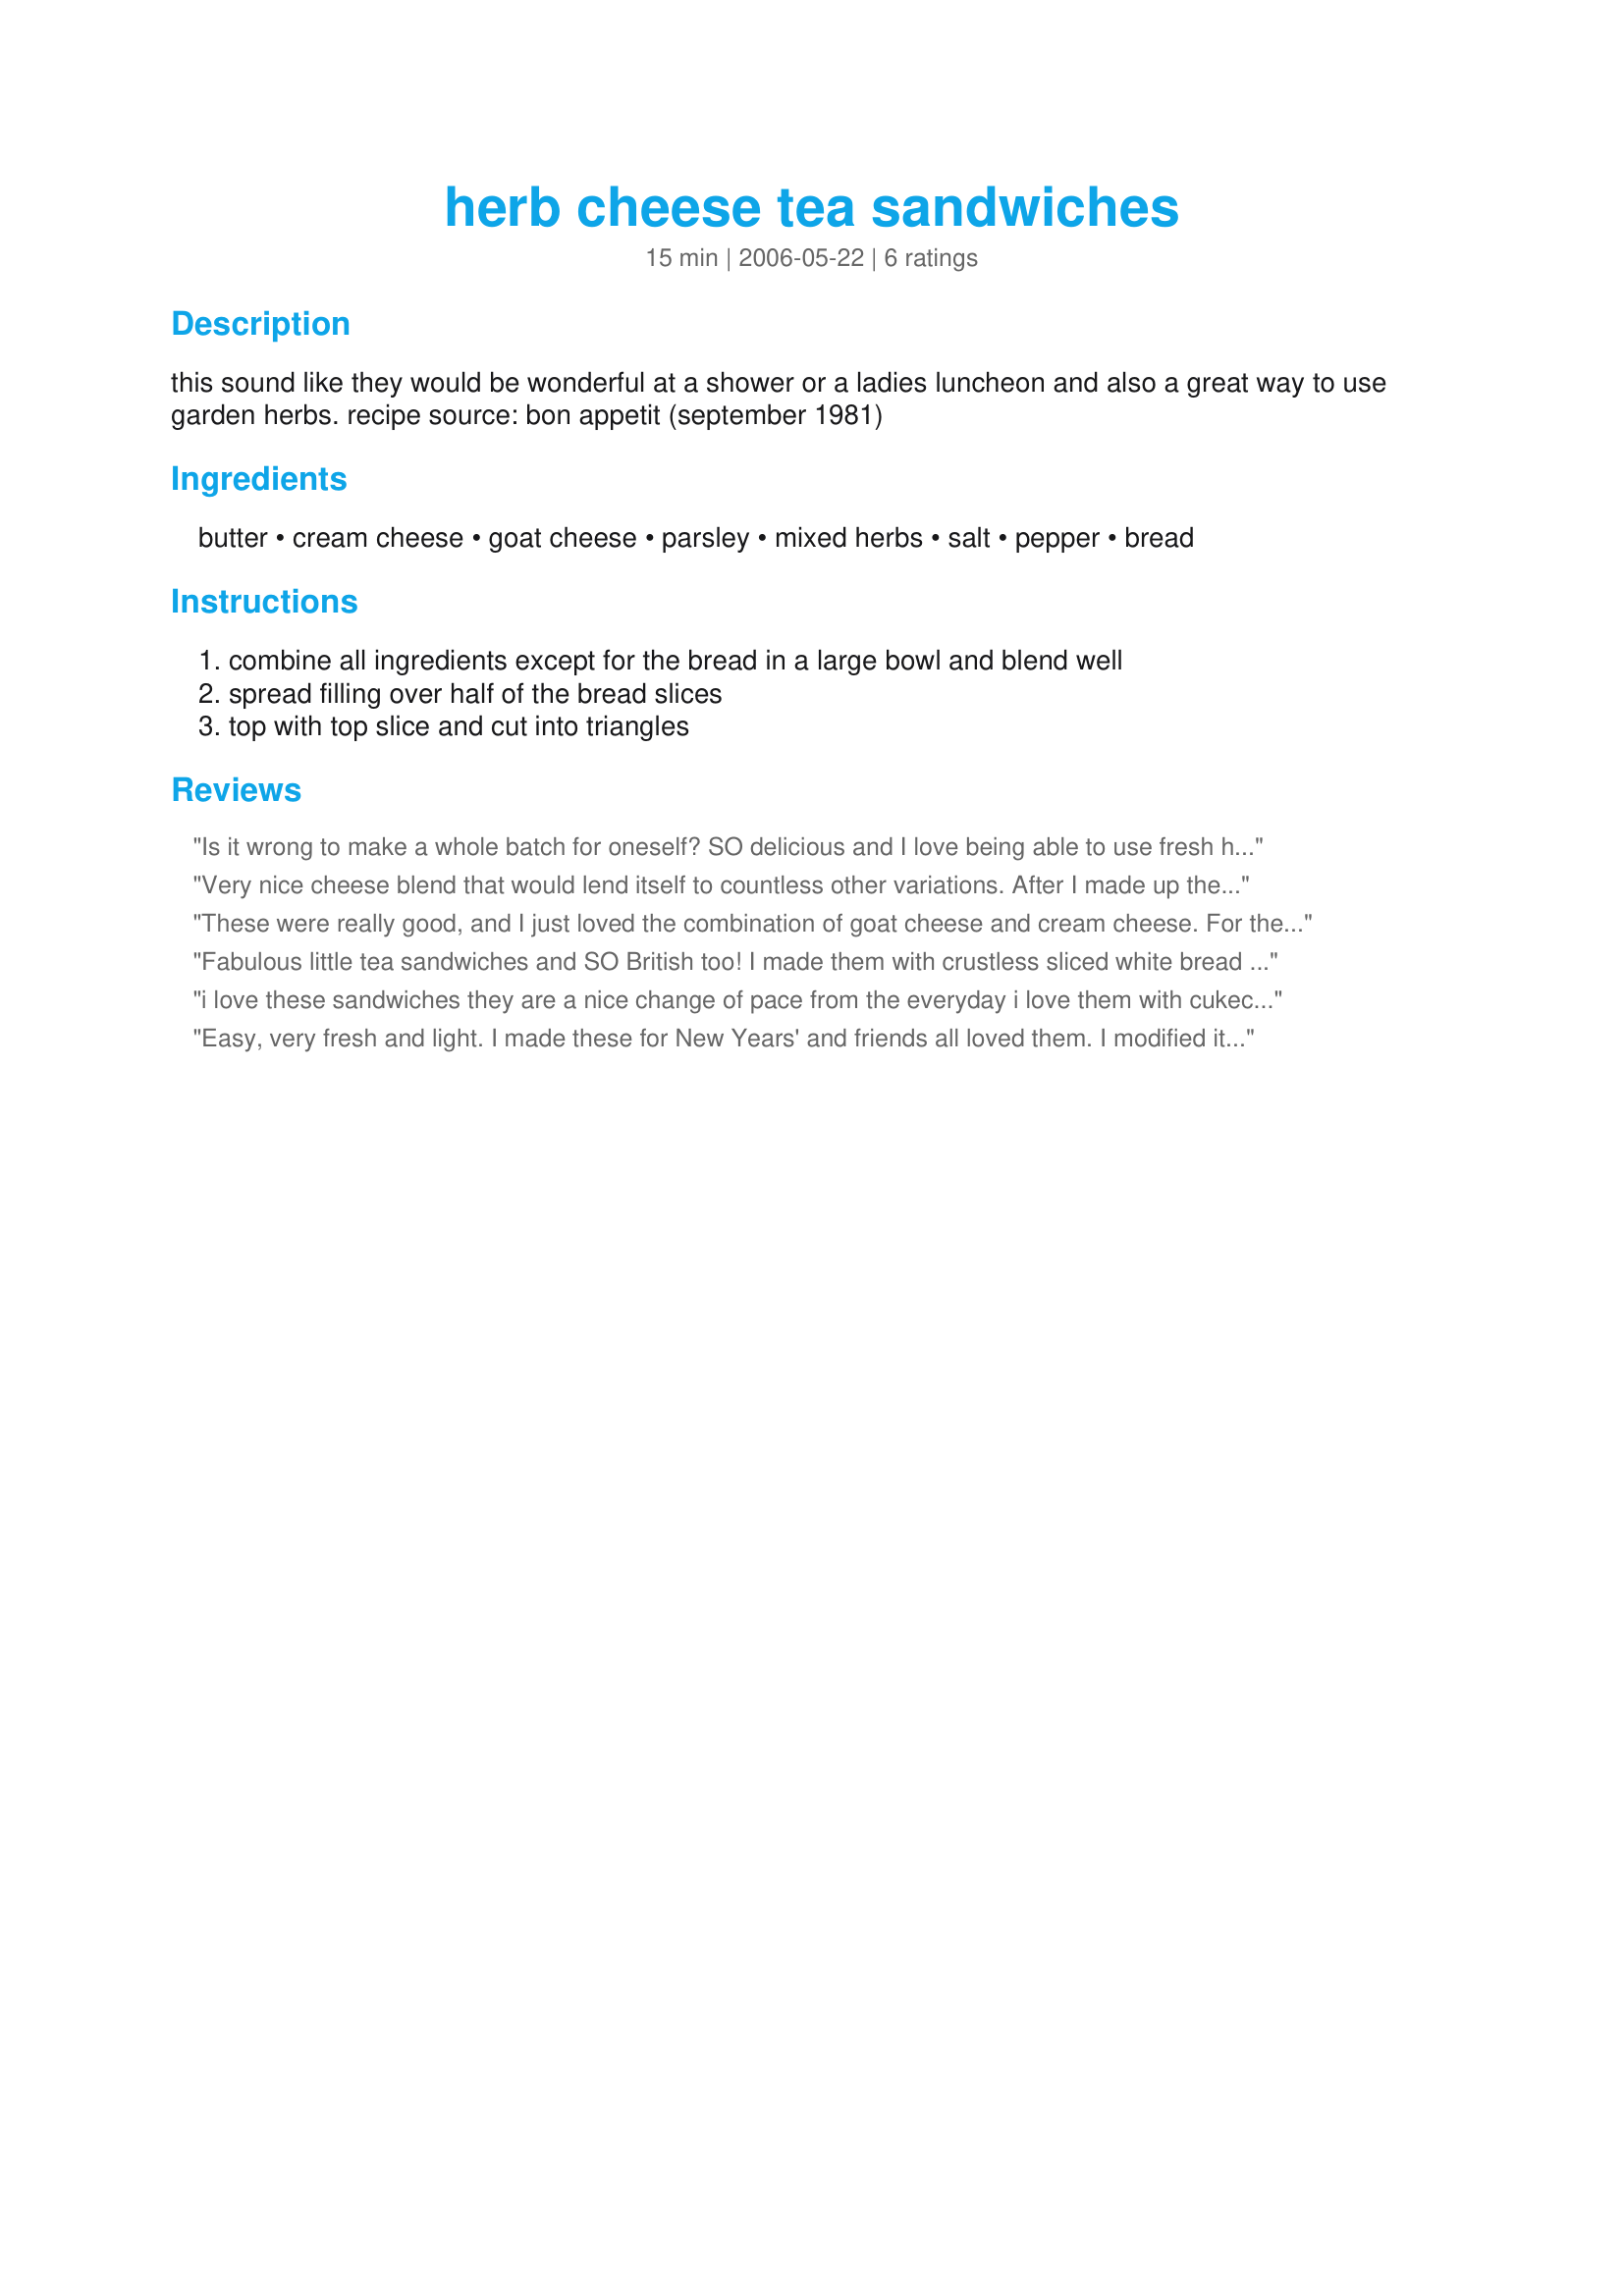
herb cheese tea sandwiches
Preparation time: 15 minutes

this sound like they would be wonderful at a shower or a ladies luncheon and also a great way to use garden herbs. recipe source: bon appetit (september 1981)

Ingredients:
butter, cream cheese, goat cheese, parsley, mixed herbs, salt, pepper, bread

Steps:
combine all ingredients except for the bread in a large bowl and blend well, spread filling over half of the bread slices, top with top slice and cut into triangles

Reviews:
Is it wrong to make a whole batch for oneself? SO delicious and I love being able to use fresh herbs. I've paired it with cucumber, tomatoes, I'm pretty sure I could eat it straight on a spoon. Thanks again for a wonderful recipe!
Very nice cheese blend that would lend itself to countless other variations. After I made up the cheese spread, I stirred in some chopped, sun-dried tomatoes into a bit and used it that way. Also, a thin slice of cucumber or some arugula leaves tucked in between the bread adds a nice, fresh crunch.
These were really good, and I just loved the combination of goat cheese and cream cheese. For the combination of herbs, I used tarragon, chives, and cilantro.
Fabulous little tea sandwiches and SO British too! I made them with crustless sliced white bread and boursin cream cheese with herbs. I added freshly chopped salad burnet, lemon verbena and chives, as well as the parsley for a light herbal flavour. Next time I may add a few sliced cucumbers too! Made for ZWT6 and the GB leg - for the Whine and Cheese Gang and the Magic of Herbs event in the photo's forum. Merci encore Ellie! FT:-) (Photos to be posted)
i love these sandwiches they are a nice change of pace from the everyday i love them with cukecumbers slices zaar tour 6
Easy, very fresh and light. I made these for New Years' and friends all loved them. I modified it a bit for what I had on hand. I doubled the cheeses but kept the butter the same (Turns out I didn't need to because this makes so much and is so flavorful. I used lots of parsley, a small container of dill from the market, a few sprigs of rosemary (stems removed), a teaspoon of dried lavender, and four medium cloves of garlic that were boiled in water for 60 seconds to make a milder flavor. Salt and pepper to taste. I put all the herbs in the food processor first and then separately blended the butter and cheeses so I could add the herb mixture to taste but ended up using all of the herbs (once processed they were more like a third of a cup- I'm guessing because I wasn't paying attention. Anyhow- it's a great cheese base and you can do anything with it. I served it on whole wheat crust-less bread cut in halves with some chopped radishes inside for crunch.
